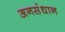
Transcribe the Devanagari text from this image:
अनसंधान